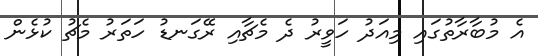
އެ މުބާރާތުގައި މިއަދު ހަވީރު ދެ މެޗާއި ރޭގަނޑު ހަތަރު މެޗު ކުޅެން